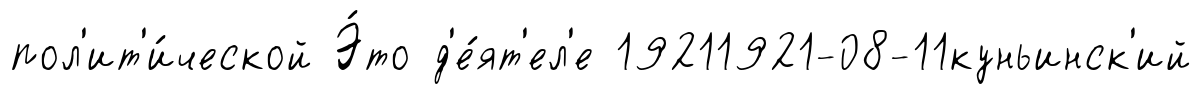
пол'ит'и́ческой Э́то д'е́ят'ел'е 19211921-08-11куньинск'ий